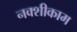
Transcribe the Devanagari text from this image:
नक्शीकाम